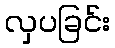
လှပခြင်း